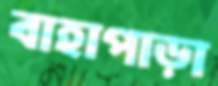
বাহাপাড়া